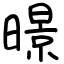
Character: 暻